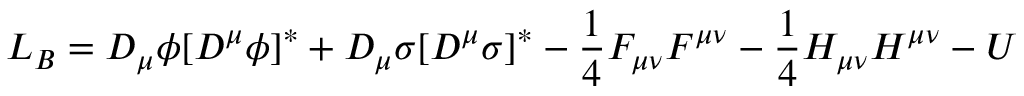
{ \cal L } _ { B } = D _ { \mu } \phi [ D ^ { \mu } \phi ] ^ { * } + D _ { \mu } \sigma [ D ^ { \mu } \sigma ] ^ { * } - \frac { 1 } { 4 } F _ { \mu \nu } F ^ { \mu \nu } - \frac { 1 } { 4 } H _ { \mu \nu } H ^ { \mu \nu } - U